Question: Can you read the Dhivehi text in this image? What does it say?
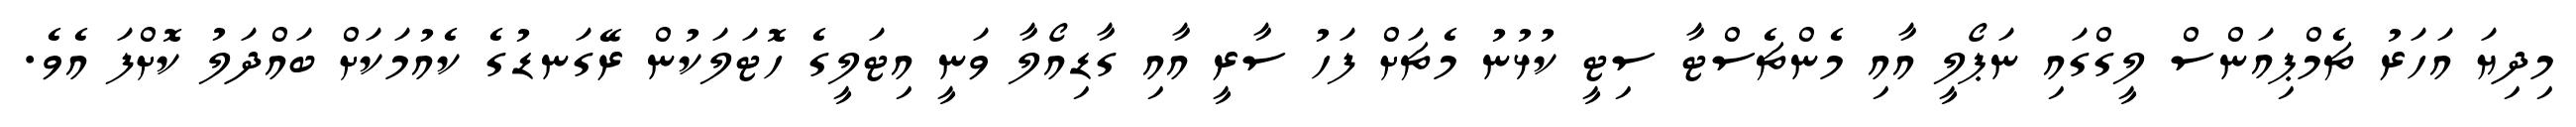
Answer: މިދިޔަ އަހަރު ޗެމްޕިއަންސް ލީގްގައި ނަޕޯލީ އާއި މެންޗެސްޓާ ސިޓީ ކުޅުނު މެޗަށް ފަހު ސާރީ އާއި ގާޑިއޯލާ ވަނީ އިޓަލީގެ ހޮޓަލަކުން ރޭގަނޑުގެ ކެއުމަކަށް ބައްދަލު ކޮށްފަ އެވެ.